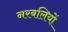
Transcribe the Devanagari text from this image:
नरबलियों